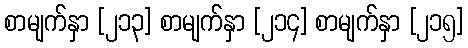
စာမျက်နှာ [၂၁၃] စာမျက်နှာ [၂၁၄] စာမျက်နှာ [၂၁၅]